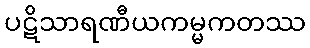
ပဋိသာရဏီယကမ္မကတဿ